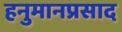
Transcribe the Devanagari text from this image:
हनुमानप्रसाद